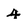
Character: 4